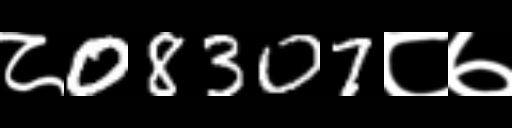
Text: ८08307८७